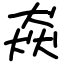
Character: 猋